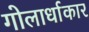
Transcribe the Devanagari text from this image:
गोलार्धाकार